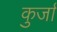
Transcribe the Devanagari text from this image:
कुर्जा